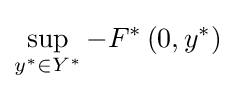
\sup _{y^{*}\in Y^{*}}-F^{*}\left(0,y^{*}\right)